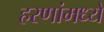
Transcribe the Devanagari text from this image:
हरणांमध्ये